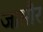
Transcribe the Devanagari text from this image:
जासौर